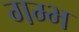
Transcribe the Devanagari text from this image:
गम्भ